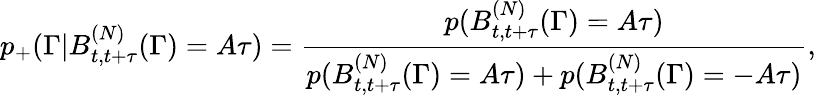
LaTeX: p_{+}(\Gamma|B_{t,t+\tau}^{(N)}(\Gamma)=A\tau)=\frac{p(B_{t,t+\tau}^{(N)}(\Gamma)=A\tau)}{p(B_{t,t+\tau}^{(N)}(\Gamma)=A\tau)+p(B_{t,t+\tau}^{(N)}(\Gamma)=-A\tau)},